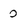
Character: O